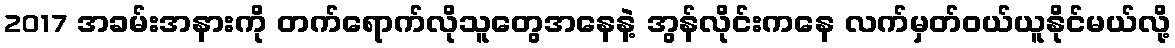
2017 အခမ်းအနားကို တက်ရောက်လိုသူတွေအနေနဲ့ အွန်လိုင်းကနေ လက်မှတ်ဝယ်ယူနိုင်မယ်လို့